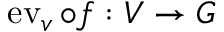
\operatorname { e v } _ { v } \circ f : V \to G